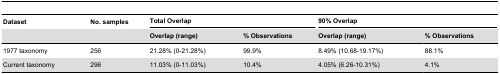
| Dataset | No. samples | <COLSPAN=2> Total Overlap | <COLSPAN=2> 90% Overlap |
 |  |  | Overlap (range) | % Observations | Overlap (range) | % Observations |
 | --- | --- | --- | --- | --- | --- |
 | 1977 taxonomy | 256 | 21.28% (0-21.28%) | 99.9% | 8.49% (10.68-19.17%) | 88.1% |
 | Current taxonomy | 296 | 11.03% (0-11.03%) | 10.4% | 4.05% (6.26-10.31%) | 4.1% |